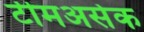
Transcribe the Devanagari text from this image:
टीमअसेक